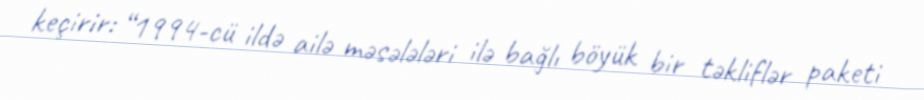
keçirir: “1994-cü ildə ailə məsələləri ilə bağlı böyük bir təkliflər paketi